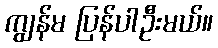
ကျွန်မ ပြန်ပါဦးမယ်။